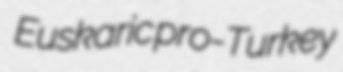
Euskaric pro-Turkey